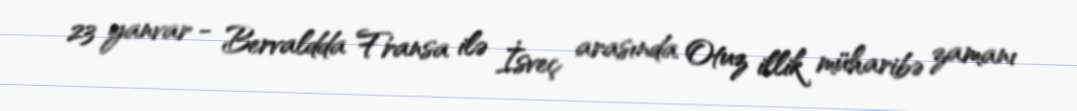
23 yanvar - Bervaldda Fransa ilə İsveç arasında Otuz illik müharibə zamanı